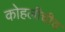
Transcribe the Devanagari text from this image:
कोहलीचीच